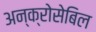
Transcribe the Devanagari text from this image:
अन्क्रोसेबिल